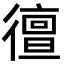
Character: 㣶